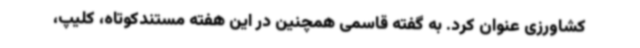
کشاورزی عنوان کرد. به گفته قاسمی همچنین در این هفته مستندکوتاه، کلیپ،